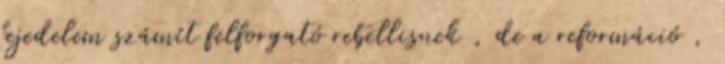
fejedelem számít felforgató rebellisnek , de a reformáció ,